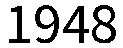
1948